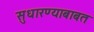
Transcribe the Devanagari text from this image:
सुधारण्याबाबत